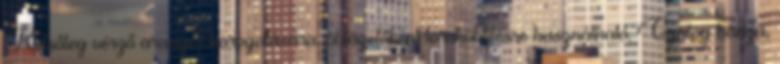
Külsőleg vérző aranyér borogatására, öblögetőként toroköblítésre használható. Gyalog bodza,